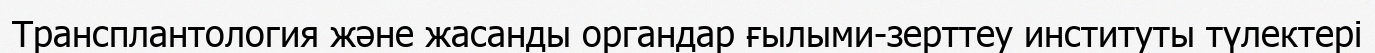
Трансплантология және жасанды органдар ғылыми-зерттеу институты түлектері